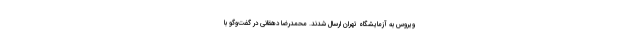
ویروس به آزمایشگاه تهران ارسال شدند. محمدرضا دهقانی در گفت‌وگو با